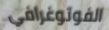
الفوتوغرافي